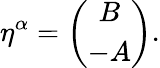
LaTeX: \eta^{\alpha}=\left(\begin{array}{c}{{B}}\\ {{-A}}\end{array}\right).